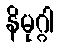
နိမုဂ္ဂါ